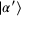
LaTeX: | \alpha ^ { \prime } \rangle